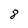
Character: 8